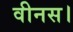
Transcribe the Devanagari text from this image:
वीनस।